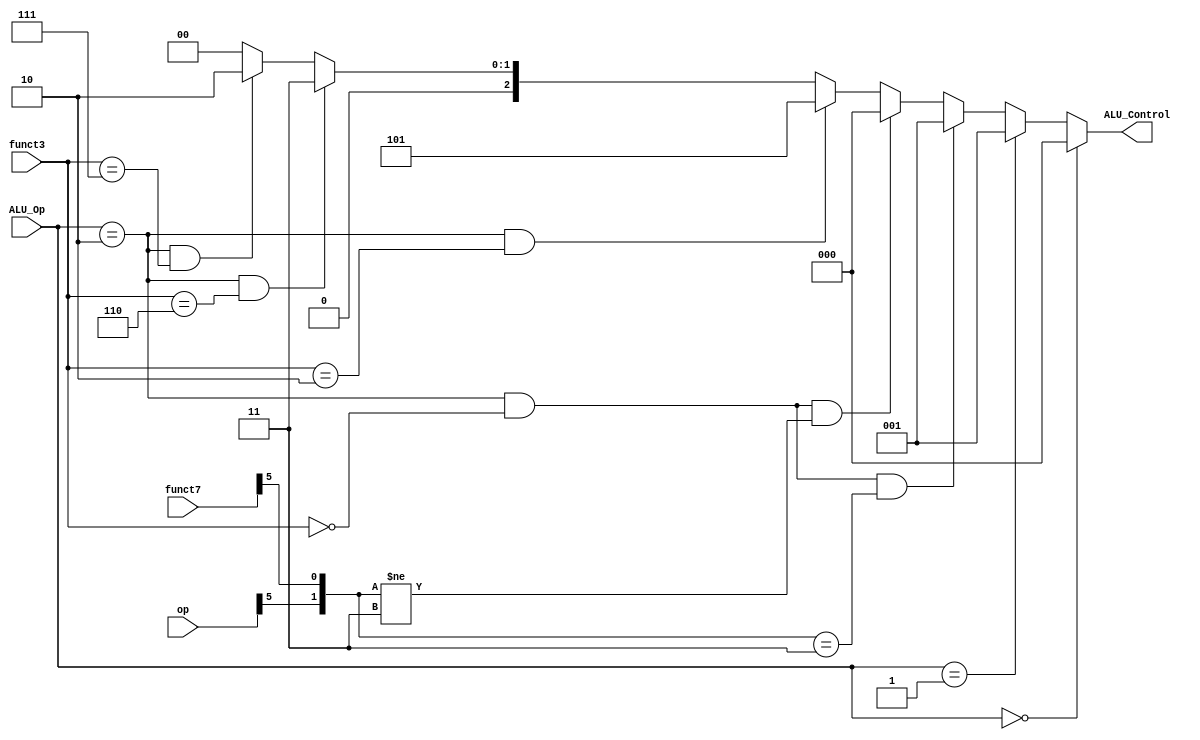
`timescale 1ns / 1ps
//////////////////////////////////////////////////////////////////////////////////
// Company: 
// Engineer: 
// 
// Design Name: 
// Module Name: ALU_Decoder
// Project Name: 
// Target Devices: 
// Tool Versions: 
// Description: 
// 
// Dependencies: 
// 
// Revision:
// Revision 0.01 - File Created
// Additional Comments:
// 
//////////////////////////////////////////////////////////////////////////////////


module ALU_Decoder(ALU_Op,funct3,funct7,op,ALU_Control);

    input [1:0]ALU_Op;
    input [2:0]funct3;
    input [6:0]funct7,op;
    output [2:0]ALU_Control;
    assign ALU_Control = (ALU_Op == 2'b00) ? 3'b000 :
                        (ALU_Op == 2'b01) ? 3'b001 :
                        ((ALU_Op == 2'b10) & (funct3 == 3'b000) & ({op[5],funct7[5]} == 2'b11)) ? 3'b001 : 
                        ((ALU_Op == 2'b10) & (funct3 == 3'b000) & ({op[5],funct7[5]} != 2'b11)) ? 3'b000 : 
                        ((ALU_Op == 2'b10) & (funct3 == 3'b010)) ? 3'b101 : 
                        ((ALU_Op == 2'b10) & (funct3 == 3'b110)) ? 3'b011 : 
                        ((ALU_Op == 2'b10) & (funct3 == 3'b111)) ? 3'b010 : 
                                                                  3'b000 ;
endmodule